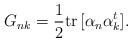
LaTeX: \begin{align*}G_{nk}={1\over 2}{\rm tr}\, [\alpha_n\alpha^t_k].\end{align*}